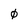
Character: 0